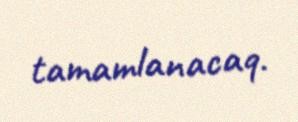
tamamlanacaq.